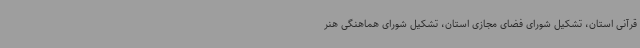
قرآنی استان، تشکیل شورای فضای مجازی استان، تشکیل شورای هماهنگی هنر